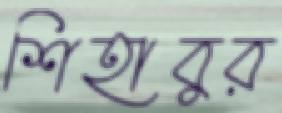
শিহাবুর